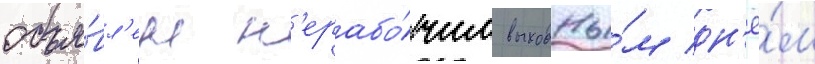
объя́вл'ен н'ерабо́чим выходны́м дн'ё́м